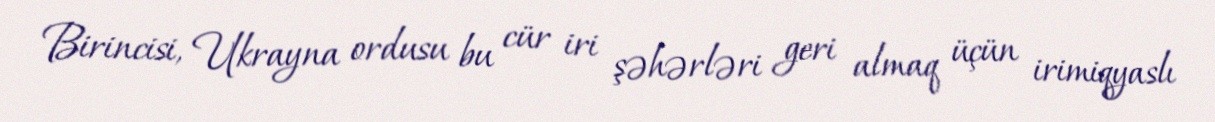
Birincisi, Ukrayna ordusu bu cür iri şəhərləri geri almaq üçün irimiqyaslı